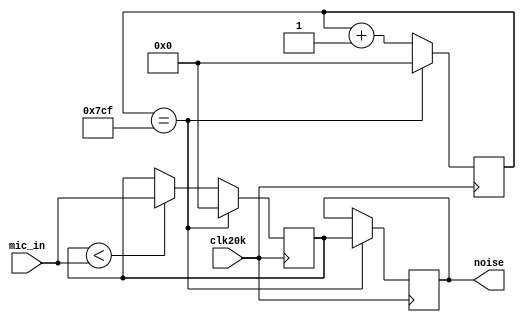
`timescale 1ns / 1ps
//////////////////////////////////////////////////////////////////////////////////
// Company: 
// Engineer: 
// 
// Design Name: 
// Module Name: noise_sampling
// Project Name: 
// Target Devices: 
// Tool Versions: 
// Description: 
// 
// Dependencies: 
// 
// Revision:
// Revision 0.01 - File Created
// Additional Comments:
// 
//////////////////////////////////////////////////////////////////////////////////


module noise_sampling(input clk20k, input [11:0] mic_in, output reg [11:0] noise = 0);
    reg [11:0] count      = 0;
    reg [11:0] curr_peak  = 0;   
    always @ (posedge clk20k) begin   //50microsecs period
        count <= count + 1;
        if(curr_peak < mic_in) begin
            curr_peak <= mic_in; 
        end
        if(count == 1999) begin   //0.1s interval
            noise     <= curr_peak;
            curr_peak <= 0;
            count     <= 0;
        end 
    end
endmodule